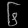
Digit: ၆